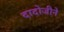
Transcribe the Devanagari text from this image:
दादोजीने